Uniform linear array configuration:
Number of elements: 12
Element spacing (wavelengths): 0.75
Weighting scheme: kaiser
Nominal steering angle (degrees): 45
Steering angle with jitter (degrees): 44.775
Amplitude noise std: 0.05
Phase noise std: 0.05

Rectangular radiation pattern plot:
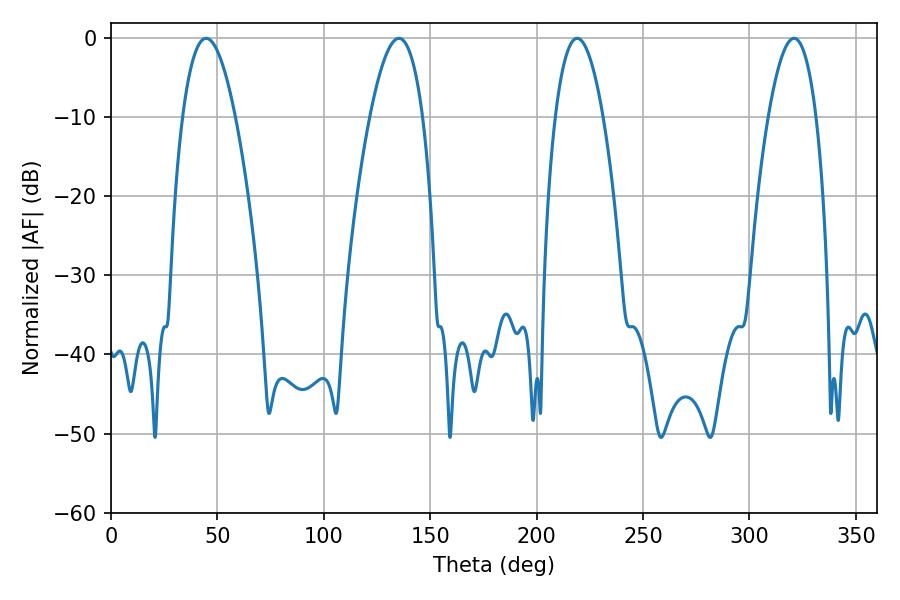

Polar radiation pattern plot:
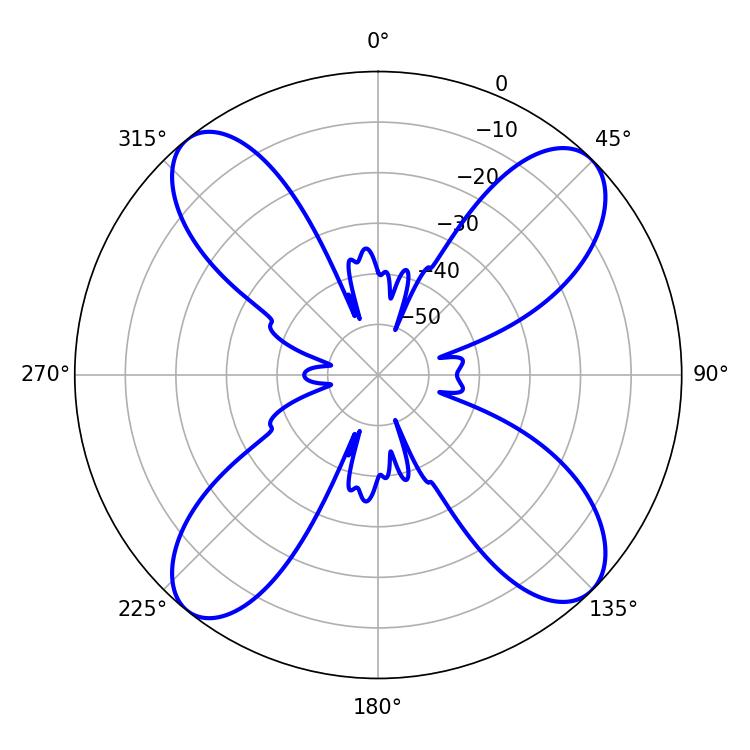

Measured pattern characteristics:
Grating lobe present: TRUE
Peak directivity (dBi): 14.698
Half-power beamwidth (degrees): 12.42
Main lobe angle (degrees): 320.94